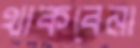
থাকবেনা